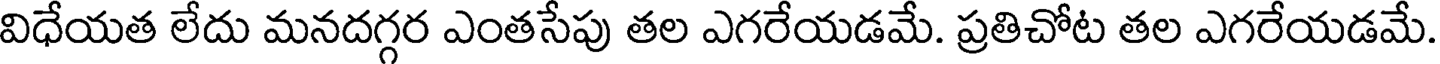
విధేయత లేదు మనదగ్గర ఎంతసేపు తల ఎగరేయడమే. ప్రతిచోట తల ఎగరేయడమే